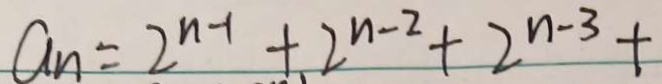
a _ { n } = 2 ^ { n - 1 } + 2 ^ { n - 2 } + 2 ^ { n - 3 } +